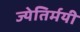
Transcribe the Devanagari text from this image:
ज्येतिर्मयी